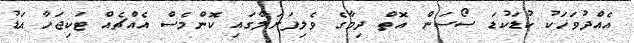
އެއްދުވަހަކު ކުޑަކުޑަ ސޯސަން އޮތް ދިމާގެ ވެލިފަށަލާގައި ކޮންމެސް އެއްޗެއް ޓަކިޖަހާ އަޑު